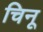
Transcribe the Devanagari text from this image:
चिनू